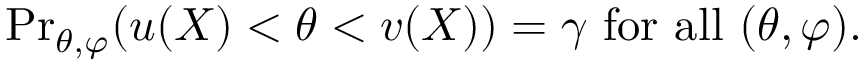
{ \operatorname* { P r } } _ { \theta , \varphi } ( u ( X ) < \theta < v ( X ) ) = \gamma { \mathrm { ~ f o r ~ a l l ~ } } ( \theta , \varphi ) .